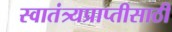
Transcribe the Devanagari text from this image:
स्वातंत्र्यप्राप्तीसाठी